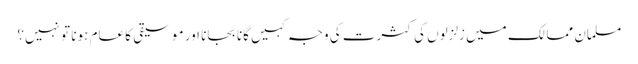
مسلمان ممالک میں زلزلوں کی کثرت کی وجہ کہیں گانا بجانا اور موسیقی کا عام ہونا تو نہیں؟